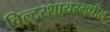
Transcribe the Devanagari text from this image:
विल्टरशायरमधील